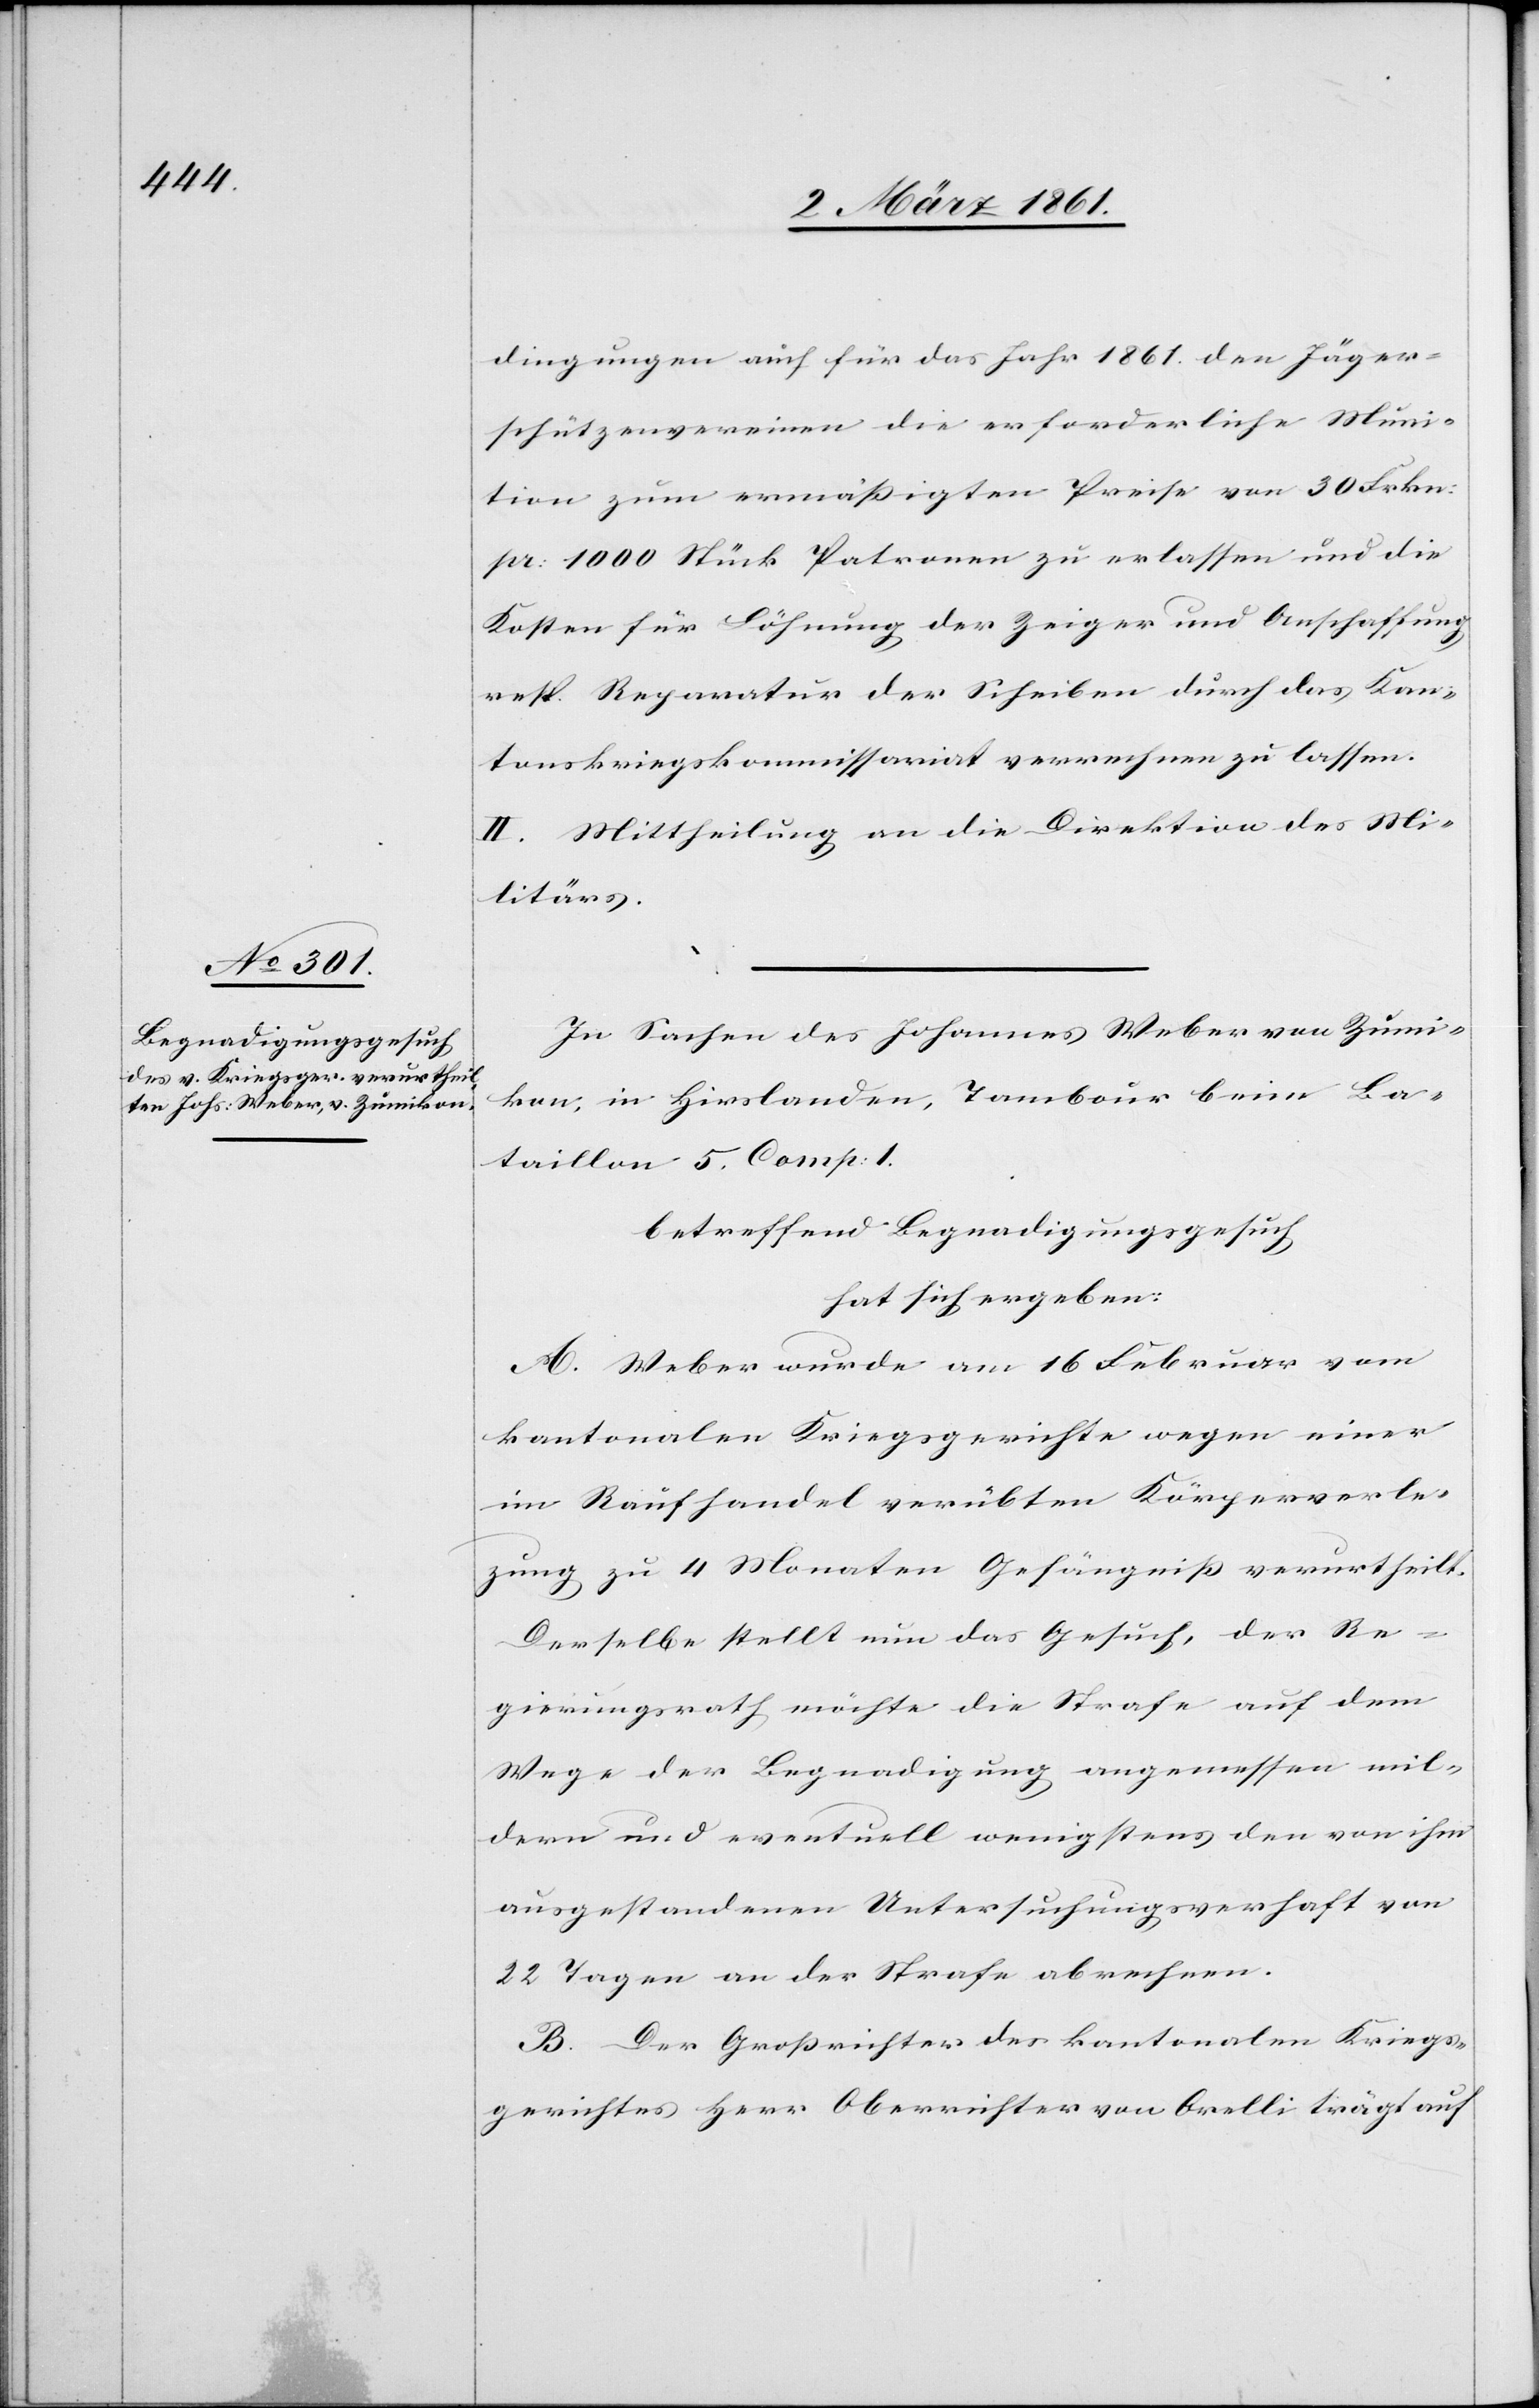
dingungen auch für das Jahr 1861 den Jäger¬
schützenvereinen die erforderliche Muni¬
tion zum ermässigten Preise von 30 Frkn.
pr. 1000 Stück Patronen zu erlassen und die
Kassen für Löhnung der Zeiger und Anschaffung
resp. Reparatur der Scheiben durch das Kan¬
tonskriegskommissariat verrechnen zu lassen.
II. Mittheilung an die Direktion des Mi¬
litärs.
In Sachen des Johannes Weber von Zumi¬
kon, in Hirslanden, Tabour beim Ba¬
taillon 5. Comp. I.
betreffend Begnadigungsgesuch,
hat sich ergeben:
A. Weber wurde am 16 Februar vom
kantonalen Kriegsgerichte wegen einer
im Raufhandel verübten Körperverle¬
tzung zu 4 Monaten Gefängniss verurtheilt.
Derselbe stellt nun das Gesuch, der Re¬
gierungsrath möchte die Strafe auf dem
Wege der Begnadigung angemessen mil¬
dern und eventuell wenigstens den von ihm
ausgestandenen Untersuchungsverhaft von
22 Tagen an der Strafe abrechnen.
B. Der Grossrichter des kantonalen Kriegs¬
gerichtes Herr Oberrichter von Orelli trägt auf